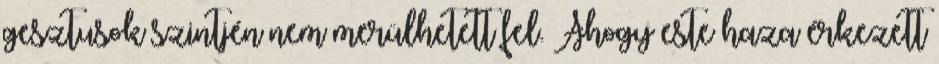
gesztusok szintjén nem merülhetett fel. Ahogy este haza érkezett